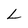
Character: L